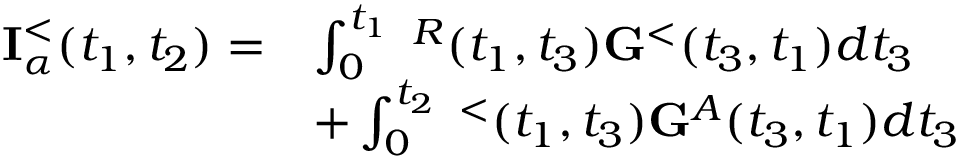
\begin{array} { r l } { { \bf I } _ { \alpha } ^ { < } ( t _ { 1 } , t _ { 2 } ) = } & { \int _ { 0 } ^ { t _ { 1 } } { \bf \Sigma } ^ { R } ( t _ { 1 } , t _ { 3 } ) { \bf G } ^ { < } ( t _ { 3 } , t _ { 1 } ) d t _ { 3 } } \\ & { + \int _ { 0 } ^ { t _ { 2 } } { \bf \Sigma } ^ { < } ( t _ { 1 } , t _ { 3 } ) { \bf G } ^ { A } ( t _ { 3 } , t _ { 1 } ) d t _ { 3 } } \end{array}